Civil Veterinary Dept. Assam report 1911-1927 - 1911-1927
Year: 1911
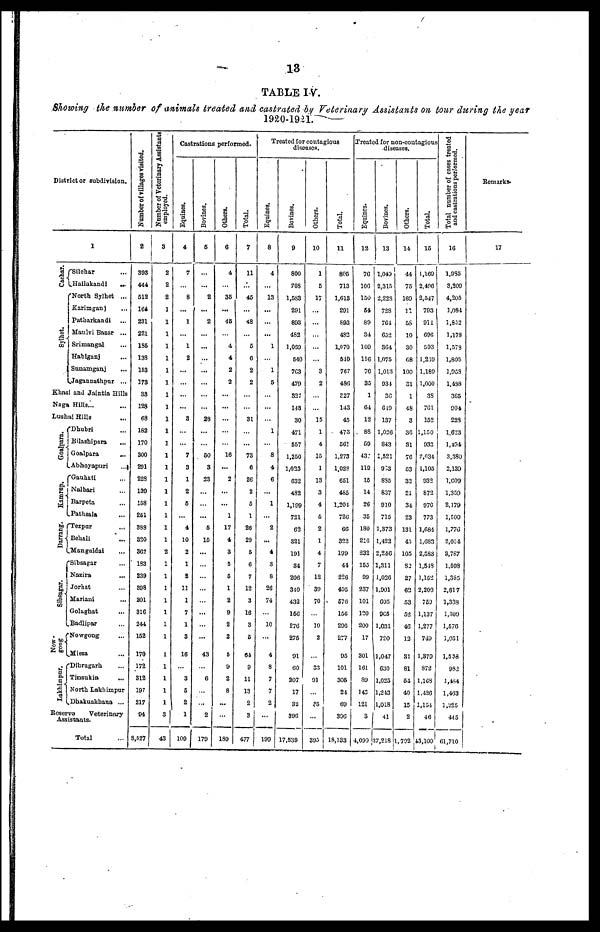
13
TABLE IV.
Showing the number of animals treated and castrated by Veterinary Assistants on tour during the year
1920-1921.
District or subdivision.
Cachar.
Sylhet.
1
Silchar
Hailakandi
...
North Sylhet ...
Karimganj
Patharkandi
Maulvi Bazar ...
Srimangal
Habiganj
Sunamganj
Jagannathpur ...
Khasi and Jaintia Hills
Naga Hills...
Lushai Hills
Goalpara.
Kamrup.
Darrang.
Sibsagar.
Now
gong
Lakhimpur.
Dhubri
Bilashipara
Goalpara
Abhoyapuri
...
Gauhati
Nalbari
Barpeta
Pathsala
Tezpar
Behali
Mangaldai
Sibsagar
Nazira
Jorhat
Mariani
Golaghat
...
Badlipar
Nowgong
Missa
Dibrugarh
Tinsukia
North Lakhimpur
Dhakuakhana ...
Reserve
Veterinary
Assistants.
Total
Number of Tillages visited.
2
393
444
512
164
231
221
1S5
133
153
173
33
123
68
182
170
300
291
228
130
158
251
388
320
362
183
239
398
201
316
244
152
170
172
312
197
217
94
8,527
Number of Veterinary Assistants
employed.
3
2
2
2
1
1
1
1
1
1
1
1
1
1
1
1
1
1
1
1
1
1
1
1
1
1
1
1
1
1
1
1
1
1
1
1
1
3
43
Castrations performed.
Equines.
4
7
8
1
1
2
...
...
3
...
7
3
1
2
5
...
4
10
2
1
2
11
1
7
1
3
16
3
5
2
1
109
Bovines.
5
...
2
...
2
...
...
...
...
...
28
...
50
3
23
...
5
16
43
6
...
...
2
170
Others.
6
4
...
35
...
45
4
4
2
2
...
...
16
...
2
...
...
1
17
4
3
5
C
1
2
9
2
2
5
9
2
8
...
189
Total.
7
11
...
45
...
48
5
6
2
2
31
73
6
26
2
5
1
26
29
5
6
7
12
3
16
3
6
64
9
11
13
2
3
*
477
Treated for contagious
diseases.
Equines.
8
4
13
...
...
...
1
1
5
1
8
4
6
1
2
...
4
3
8
26
74
10
4
8
7
7
2
199
Bovines.
9
800
708
1,583
291
893
482
1,069
540
763
479
327
143
30
471
557
1,250
1,023
632
482
1,199
721
62
321
191
34
206
340
432
156
276
275
91
60
207
17
32
396
17,539
Others.
10
1
5
17
3
2
15
1
4
15
1
13
3
4
5
2
1
4
7
12
39
70
10
2
33
91
35
395
Total.
11
805
713
1,613
291
893
4S2
1,070
510
767
486
327
143
45
473
561
1,273
1,028
651
4S5
1,204
726
66
322
199
44
226
405
576
15G
296
277
95
101
305
24
69
396
18,133
Treated for non-contagious
diseases.
Equines.
12
76
106
150
51
89
34
109
116
76
30
1
64
12
88
59
43
119
15
14
26
35
180
216
232
155
99
237
101
120
200
17
301
101
89
143
121
3
4,090
Bovines.
13
1,049
2,315
2,228
72S
764
652
364
1,075
1,013
934
36
649
137
1,026
843
1,521
903
885
837
910
715
1,373
1,423
2,246
1,311
1,026
1,901
605
9C5
1,031
720
1,047
630
1,025
1,243
1,018
41
37,218
Others.
14
44
75
169
11
58
10
30
G8
100
31
1
48
3
36
31
76
53
32
21
34
23
131
45
105
82
27
62
53
52
46
12
31
81
54
40
15
2
1,792
Total.
15
1,169
2,496
2,547
793
911
690
503
1,239
1.189
1,000
38
7G1
152
1,150
933
2,034
1,105
932
872
970
773
1,684
1,683
2,583
1,548
1,152
2,200
759
1,137
1,277
749
1,379
872
1,108
1,426
1,154
46
43,100
Total number of cases treated
and castrations performed.
16
1,985
3,209
4,205
1,084
1,852
1,178
1,573
1,805
1,953
1,438
365
904
223
1,623
1,494
3,380
2,139
1,009
1,359
2,179
1,500
1,770
2,034
2,767
1,598
1,335
2,617
1,338
1,309
1,576
1,031
1,5 38
982
1,484
1,463
1,225
445
61,710
Remarks.
17